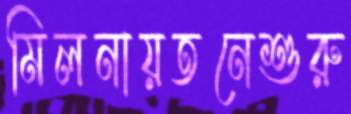
মিলনায়তনেশুরু